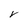
Character: V